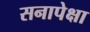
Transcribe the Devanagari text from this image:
सनापेक्षा